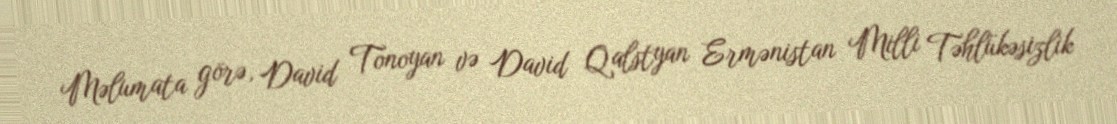
Məlumata görə, David Tonoyan və David Qalstyan Ermənistan Milli Təhlükəsizlik